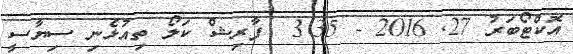
އޮކްޓޯބަރު 27